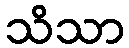
သိသာ